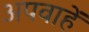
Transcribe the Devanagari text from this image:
अपवाहें